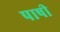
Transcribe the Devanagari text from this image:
पाषी